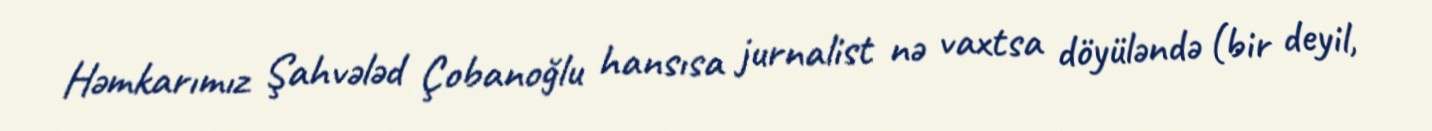
Həmkarımız Şahvələd Çobanoğlu hansısa jurnalist nə vaxtsa döyüləndə (bir deyil,